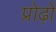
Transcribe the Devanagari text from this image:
प्रोढ़ों